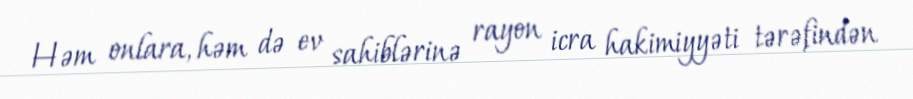
Həm onlara, həm də ev sahiblərinə rayon icra hakimiyyəti tərəfindən